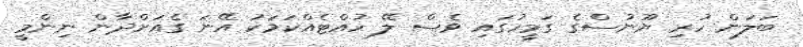
ބަލަން ހުރި ޔޫނުސްގެ ގަމީހުގައި ވެސް ލޭ ހުއްޓެއްކަމަކު އޭނަ ގެއަށްދާން ނިންމީ